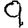
Digit: 9